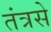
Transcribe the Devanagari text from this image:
तंत्रसे